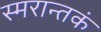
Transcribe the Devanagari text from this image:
स्मरान्तकं